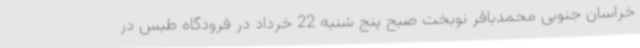
خراسان جنوبی محمدباقر نوبخت صبح پنج شنبه 22 خرداد در فرودگاه طبس در